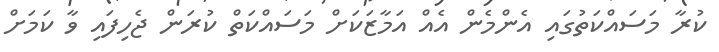
ކުރާ މަސައްކަތުގައި އެންމެން އެއް އަމާޒަކަށް މަސައްކަތް ކުރަން ޖެހިފައި ވާ ކަމަށް